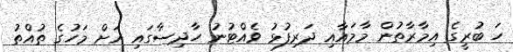
ހަ ބުރީގެ އިމާރާތުން މާމައާއި ދަރިފުޅު ވެއްޓުނު ހާދިސާގައި އަށް މަހުގެ ތުއްތު